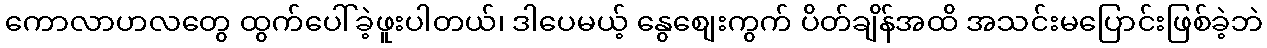
ကောလာဟလတွေ ထွက်ပေါ်ခဲ့ဖူးပါတယ်၊ ဒါပေမယ့် နွေစျေးကွက် ပိတ်ချိန်အထိ အသင်းမပြောင်းဖြစ်ခဲ့ဘဲ